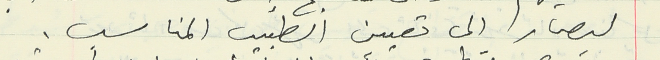
ليصار الى تعيين الطبيب المناسب.